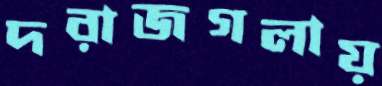
দরাজগলায়